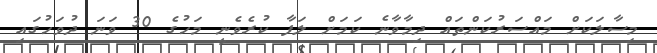
މިސާލަކަށް މައްސަރުކަންތައް ދިމާވާނެ ކަމަށް ލަފާ ކުރެވެނީ މަހުގެ 30 ވަނަ ދުވަހުގައި